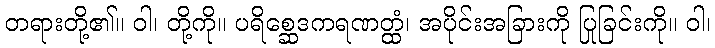
တရားတို့၏။ ဝါ၊ တို့ကို။ ပရိစ္ဆေဒကရဏတ္ထံ၊ အပိုင်းအခြားကို ပြုခြင်းကို။ ဝါ၊